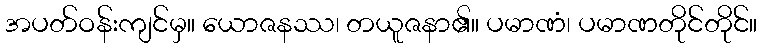
အပတ်ဝန်းကျင်မှ။ ယောဇနဿ၊ တယူဇနာ၏။ ပမာဏံ၊ ပမာဏတိုင်တိုင်။